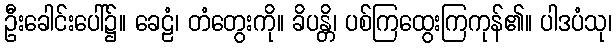
ဦးခေါင်းပေါ်၌။ ခေဠံ၊ တံတွေးကို။ ခိပန္တိ၊ ပစ်ကြထွေးကြကုန်၏။ ပါဒပံသု၊